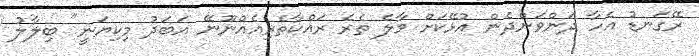
ރޭގަނޑު އެހާ ދަންވަންދެން އުޅޭކަށް މާލެ ތެރެ ރައްކާތެރިއެއްނޫނޭ އަބަދު މިކިޔަނީ" ބިލާލު